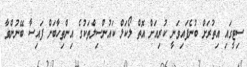
ސިޓީގައިި އިތުރަށް ބުނެފައިވަނީ ކުރިއަށް އޮތް ލޯކަލް ކައުންސިލްތަކުގެ އިންތިހާބަށް ފައިސާ ބޭނުންވާ